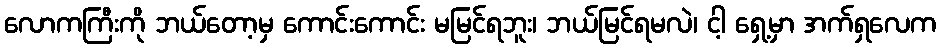
လောကကြီးကို ဘယ်တော့မှ ကောင်းကောင်း မမြင်ရဘူး၊ ဘယ်မြင်ရမလဲ၊ ငါ့ ရှေ့မှာ အက်ရှလေက